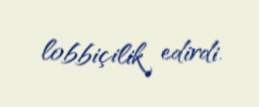
lobbiçilik edirdi.